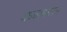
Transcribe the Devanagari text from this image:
अध्यात्मसंपन्न